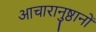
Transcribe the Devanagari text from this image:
आचारानुष्ठानों